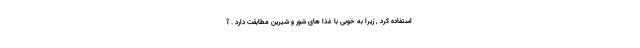
استفاده کرد , زیرا به خوبی با غذا های شور و شیرین مطابقت دارد . آ